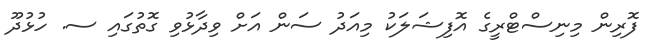
ފޮރިން މިނިސްޓްރީގެ އޮފިޝަލަކު މިއަދު ސަން އަށް ވިދާޅުވި ގޮތުގައި ސ. ހުޅުދޫ